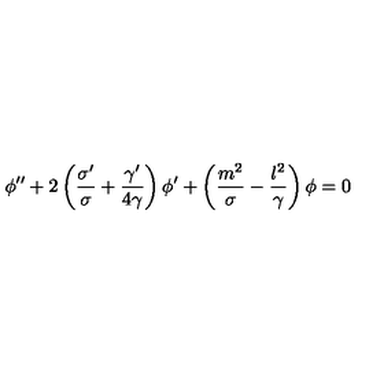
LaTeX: \phi ^ { \prime \prime } + 2 \left( { \frac { \sigma ^ { \prime } } { \sigma } } + { \frac { \gamma ^ { \prime } } { 4 \gamma } } \right) \phi ^ { \prime } + \left( { \frac { m ^ { 2 } } { \sigma } } - { \frac { l ^ { 2 } } { \gamma } } \right) \phi = 0